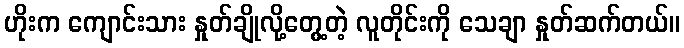
ဟိုးက ကျောင်းသား နှုတ်ချိုလို့တွေ့တဲ့ လူတိုင်းကို သေချာ နှုတ်ဆက်တယ်။